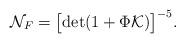
LaTeX: \begin{align*}{\cal N}_F= \bigl[ {\rm det}(1 + \Phi {\cal K})\bigr]^{-5}.\end{align*}